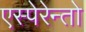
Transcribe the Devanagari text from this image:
एस्पेरेन्तो